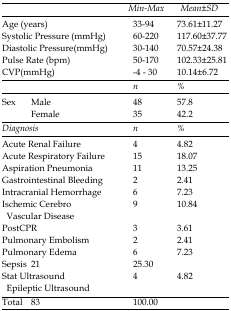
<table><thead><tr><td colspan="2"></td><td><b>Min-Max</b></td><td><b>Mean±SD</b></td></tr></thead><tbody><tr><td colspan="2">Age (years)</td><td>33-94</td><td>73.61±11.27</td></tr><tr><td colspan="2">Systolic Pressure (mmHg)</td><td>60-220</td><td>117.60±37.77</td></tr><tr><td colspan="2">Diastolic Pressure(mmHg)</td><td>30-140</td><td>70.57±24.38</td></tr><tr><td colspan="2">Pulse Rate (bpm)</td><td>50-170</td><td>102.33±25.81</td></tr><tr><td colspan="2">CVP(mmHg)</td><td>-4 - 30</td><td>10.14±6.72</td></tr><tr><td></td><td></td><td>n</td><td>%</td></tr><tr><td rowspan="2">Sex</td><td>Male</td><td>48</td><td>57.8</td></tr><tr><td>Female</td><td>35</td><td>42.2</td></tr><tr><td><i>Diagnosis</i></td><td></td><td><i>n</i></td><td>%</td></tr><tr><td colspan="2">Acute Renal Failure</td><td>4</td><td>4.82</td></tr><tr><td colspan="2">Acute Respiratory Failure</td><td>15</td><td>18.07</td></tr><tr><td colspan="2">Aspiration Pneumonia</td><td>11</td><td>13.25</td></tr><tr><td colspan="2">Gastrointestinal Bleeding</td><td>2</td><td>2.41</td></tr><tr><td colspan="2">Intracranial Hemorrhage</td><td>6</td><td>7.23</td></tr><tr><td colspan="2">Ischemic CerebroVascular Disease</td><td>9</td><td>10.84</td></tr><tr><td colspan="2">PostCPR</td><td>3</td><td>3.61</td></tr><tr><td colspan="2">Pulmonary Embolism</td><td>2</td><td>2.41</td></tr><tr><td colspan="2">Pulmonary Edema</td><td>6</td><td>7.23</td></tr><tr><td colspan="2">Sepsis</td><td>21</td><td>25.30</td></tr><tr><td colspan="2">StatUltrasound EpilepticUltrasound</td><td>4</td><td>4.82</td></tr><tr><td colspan="2">Total</td><td>83</td><td>100.00</td></tr></tbody></table>